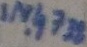
Text: IN4738